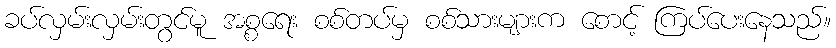
ခပ်လှမ်းလှမ်းတွင်မူ အစ္စရေး စစ်တပ်မှ စစ်သားများက စောင့် ကြပ်ပေးနေသည်။